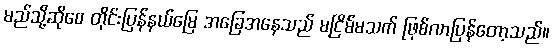
မည်သို့ဆိုစေ တိုင်းပြန်နယ်မြေ အခြေအနေသည် မငြိမ်မသက် ဖြစ်လာပြန်တော့သည်။